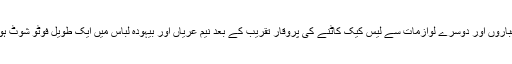
غباروں اور دوسرے لوازمات سے لیس کیک کاٹنے کی پروقار تقریب کے بعد نیم عریاں اور بیہودہ لباس میں ایک طویل فوٹو شوٹ ہوا۔